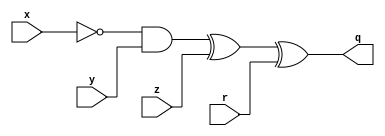
/*
* -----------------------------------------------------------------
* DOCUMENT: "Low-Latency Keccak at any Arbitrary Order" (TCHES 2021, Issue 4)
* -----------------------------------------------------------------
*
* Copyright (c) 2021, Sara Zarei, Aein Rezaei Shahmirzadi, Amir Moradi
*
* All rights reserved.
*
* THIS SOFTWARE IS PROVIDED BY THE COPYRIGHT HOLDERS AND CONTRIBUTORS "AS IS" AND
* ANY EXPRESS OR IMPLIED WARRANTIES, INCLUDING, BUT NOT LIMITED TO, THE IMPLIED
* WARRANTIES OF MERCHANTABILITY AND FITNESS FOR A PARTICULAR PURPOSE ARE
* DISCLAIMED. IN NO EVENT SHALL THE COPYRIGHT HOLDER OR CONTRIBUTERS BE LIABLE FOR ANY
* DIRECT, INDIRECT, INCIDENTAL, SPECIAL, EXEMPLARY, OR CONSEQUENTIAL DAMAGES
* (INCLUDING, BUT NOT LIMITED TO, PROCUREMENT OF SUBSTITUTE GOODS OR SERVICES;
* LOSS OF USE, DATA, OR PROFITS; OR BUSINESS INTERRUPTION) HOWEVER CAUSED AND
* ON ANY THEORY OF LIABILITY, WHETHER IN CONTRACT, STRICT LIABILITY, OR TORT
* (INCLUDING NEGLIGENCE OR OTHERWISE) ARISING IN ANY WAY OUT OF THE USE OF THIS
* SOFTWARE, EVEN IF ADVISED OF THE POSSIBILITY OF SUCH DAMAGE.
*
* Please see LICENSE and README for license and further instructions.
*/


module AND_XOR
  #(parameter integer invert     = 1, /* if the first variable should be inverted */
    parameter integer add_linear = 1) /* if the linear term should be added */
   (input  x,
    input  y,
    input  z,
    input  r,
    output q);

    if ((invert == 0) && (add_linear == 1))
        assign q = (x & y) ^ z ^ r;
    else 
    if ((invert == 0) && (add_linear == 0))
        assign q = (x & y) ^ r;
    else
    if ((invert == 1) && (add_linear == 0))
        assign q = ((~x) & y) ^ r;
    else
    if ((invert == 1) && (add_linear == 1))
        assign q = ((~x) & y) ^ z ^ r;
               
endmodule